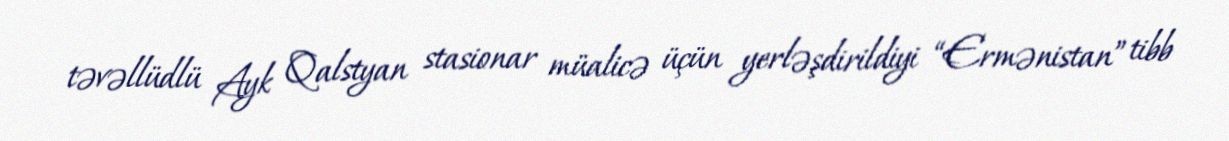
təvəllüdlü Ayk Qalstyan stasionar müalicə üçün yerləşdirildiyi “Ermənistan” tibb